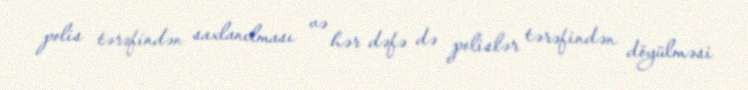
polis tərəfindən saxlanılması və hər dəfə də polislər tərəfindən döyülməsi